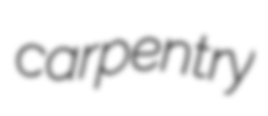
carpentry